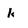
Character: k